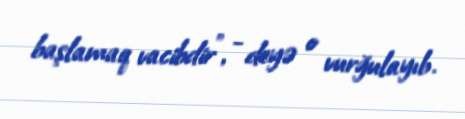
başlamaq vacibdir”, - deyə o vurğulayıb.